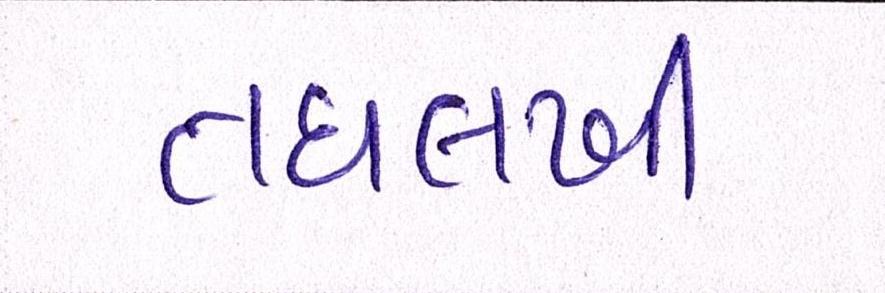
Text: તઘલખી